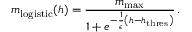
m _ { \mathrm { l o g i s t i c } } ( h ) = \frac { m _ { \mathrm { m a x } } } { 1 + e ^ { - \frac { 1 } { \epsilon } \left( h - h _ { \mathrm { t h r e s } } \right) } } \, .